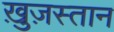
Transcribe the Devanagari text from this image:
ख़ुज़स्तान